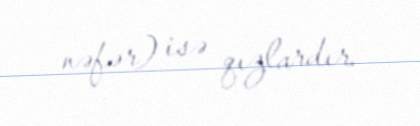
nəfər) isə qızlardır.